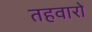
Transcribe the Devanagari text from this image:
तहवारों